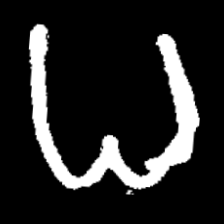
Pyu character \u2014 Myanmar letter: ဓ (romanized: dha)